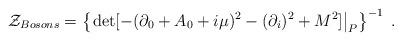
LaTeX: \begin{align*}{\cal Z}_{Bosons}=\left\{\left.\det[-(\partial_0 + A_0 + i\mu)^2-(\partial_i)^2 + M^2]\right|_{P}\right\}^{-1}\;.\end{align*}